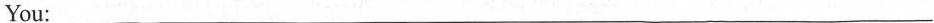
You:___